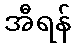
အီရန်